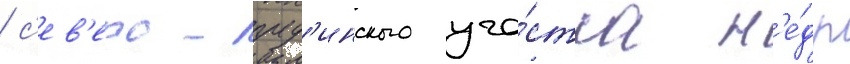
/ с'ев'еро-пуд'инского уча́стка н'е́др